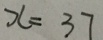
x = 3 7